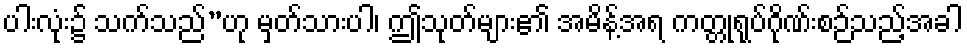
ပါးလုံး၌ သက်သည်”ဟု မှတ်သားပါ၊ ဤသုတ်များ၏ အမိန့်အရ ကတ္တုရုပ်ဂိုဏ်းစဉ်သည့်အခါ